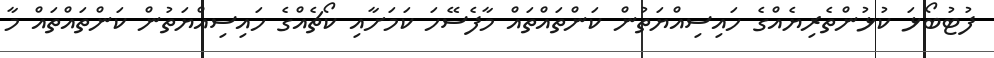
ފުޓުބޯޅަ ކުޅުންތެރިޔެއްގެ ހައިސިއްޔަތުން ކަންތައްތައް މާފެސޭހަ ކަމަށާއި ކޯޗެއްގެ ހައިސިއްޔަތުން ކަންތައްތައް މާ